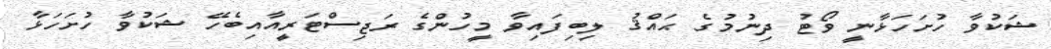
ޝަކުވާ ހުށަހަޅާނީ ވޯޓު ދިނުމުގެ ޙައްޤު ލިބިފައިވާ މީހުންގެ ރަޖިސްޓަރީއާއިބެހޭ ޝަކުވާ ހުށަހަޅާ